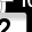
Digit: 2